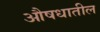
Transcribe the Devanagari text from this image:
औषधातील